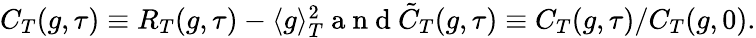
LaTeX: \begin{array}{r}{C_{T}(g,\tau)\equiv R_{T}(g,\tau)-\langle g\rangle_{T}^{2}\mathrm{~a~n~d~}\tilde{C}_{T}(g,\tau)\equiv C_{T}(g,\tau)/C_{T}(g,0).}\end{array}